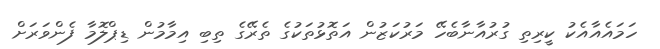
ހަމައެއާއެކު ކީރިތި ގުރުއާނާބެހޭ މަރުކަޒުން އަތޮޅުތަކުގެ ތެރޭގެ ތިބި އިމާމުން ޑިޕްލޮމާ ފެންވަރަށް